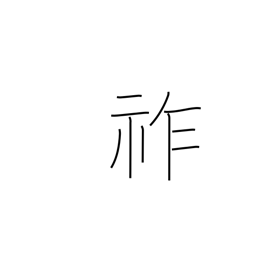
Meaning: imperial throne